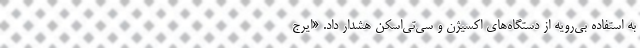
به استفاده بی‌رویه از دستگاه‌های اکسیژن و سی‌تی‌اسکن هشدار داد. «ایرج